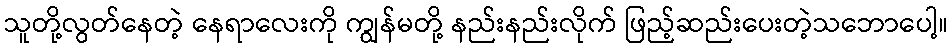
သူတို့လွတ်နေတဲ့ နေရာလေးကို ကျွန်မတို့ နည်းနည်းလိုက် ဖြည့်ဆည်းပေးတဲ့သဘောပေါ့။